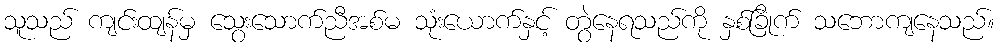
သူသည် ကျင်းထျန်မှ သွေးသောက်ညီအစ်မ သုံးယောက်နှင့် တွဲနေရသည်ကို နှစ်ခြိုက် သဘောကျနေသည်။